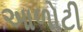
આળોટી